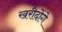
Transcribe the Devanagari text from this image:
खरीदोंगे